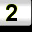
Digit: 2